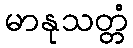
မာနုသတ္တံ